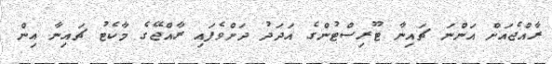
ރާއްޖެއަށް އަންނަ ޗައިނާ ޓޫރިސްޓުންގެ އަދަދު ދަށްވެފައި ރާއްޖޭގެ މާކެޓު ޗައިނާ އިން